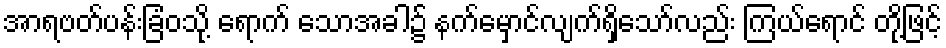
အာရဗတ်ပန်းခြံဝသို့ ရောက် သောအခါ၌ နက်မှောင်လျက်ရှိသော်လည်း ကြယ်ရောင် တို့ဖြင့်